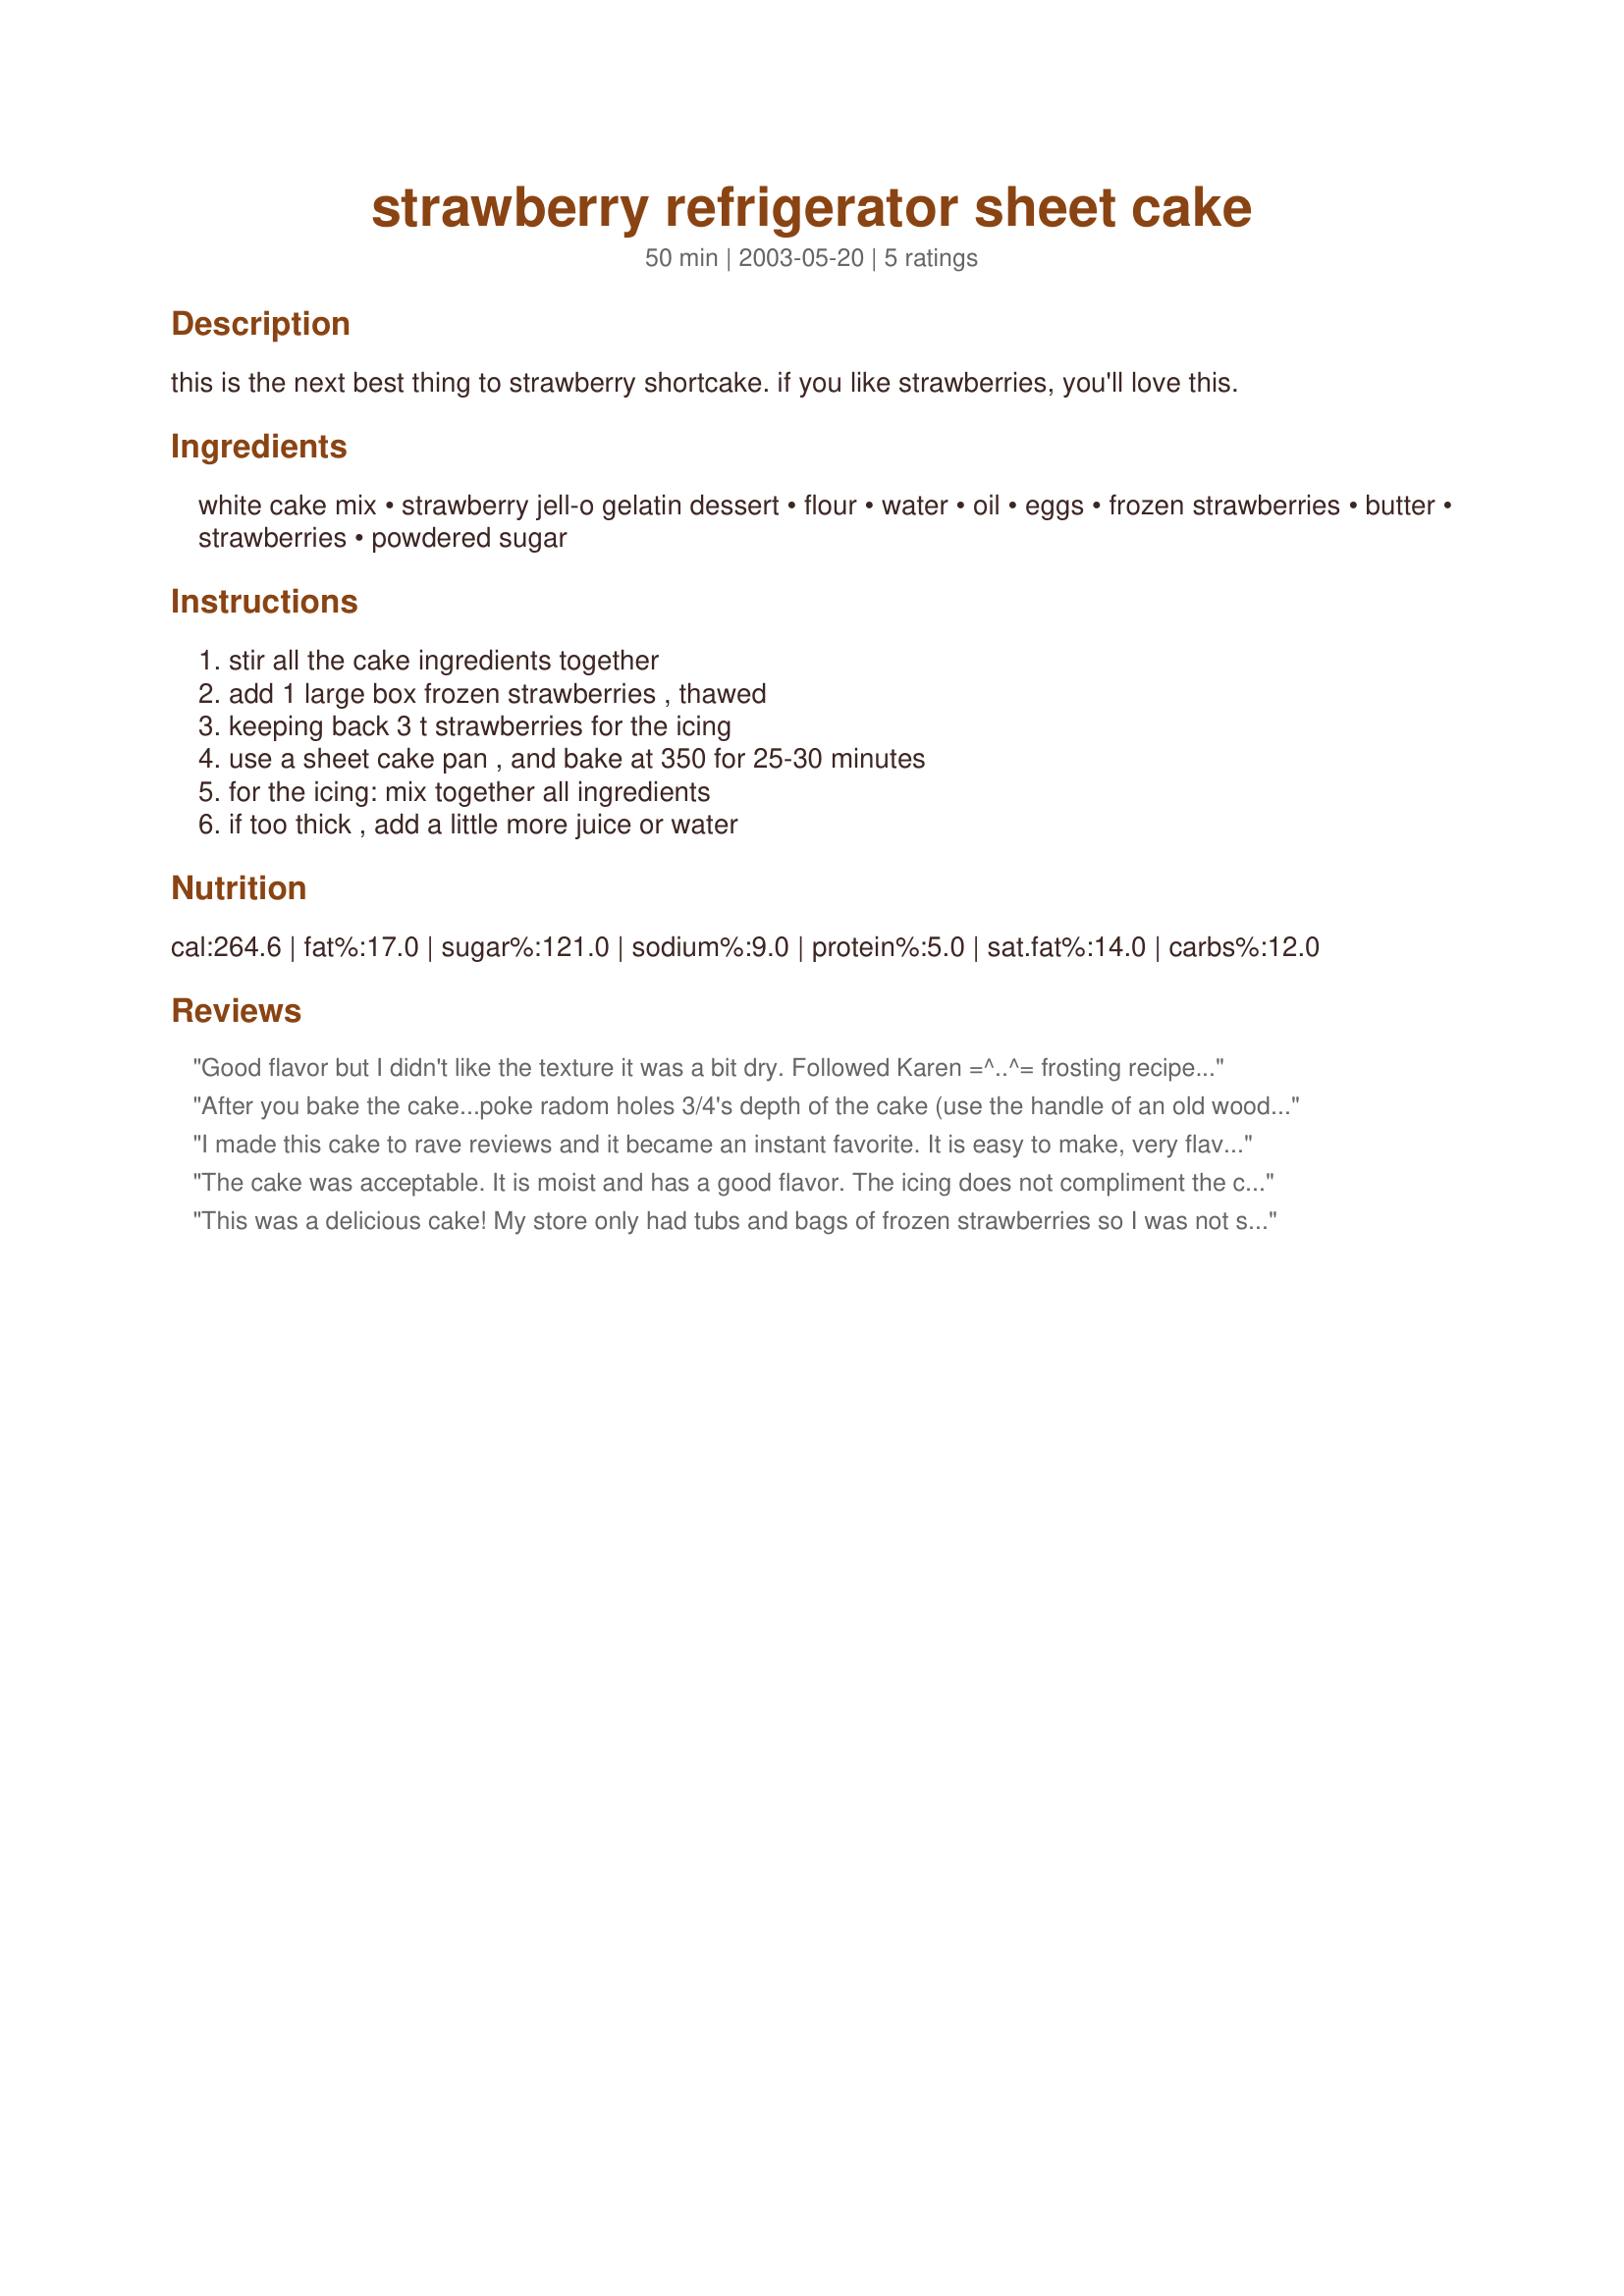
strawberry refrigerator sheet cake
Preparation time: 50 minutes

this is the next best thing to strawberry shortcake. if you like strawberries, you'll love this.

Ingredients:
white cake mix, strawberry jell-o gelatin dessert, flour, water, oil, eggs, frozen strawberries, butter, strawberries, powdered sugar

Steps:
stir all the cake ingredients together, add 1 large box frozen strawberries , thawed, keeping back 3 t strawberries for the icing, use a sheet cake pan , and bake at 350 for 25-30 minutes, for the icing: mix together all ingredients, if too thick , add a little more juice or water

Reviews:
Good flavor but I didn't like the texture it was a bit dry. Followed Karen =^..^= frosting recipe;it was also good but needs to be doubled.
After you bake the cake...poke radom holes 3/4's depth of the cake (use the handle of an old wooden spoon)...pour strawberry Jello mixed as you do for Jello Jigglers....You MUST do this while cake & Jello mixture are warm
I made this cake to rave reviews and it became an instant favorite. It is easy to make, very flavorful and pretty. For the calorie conscious, it is also very good with Cool Whip and sliced berries in juice instead of the icing.
The cake was acceptable. It is moist and has a good flavor. The icing does not compliment the cake. Maybe just fresh strawberries would be better.
This was a delicious cake! My store only had tubs and bags of frozen strawberries so I was not sure what to get since ounces aren't specified. I ended up buying a 32 oz. canister of sweetened frozen strawberries and used half of it in the cake batter. I wanted a lighter frosting, so I made one with 8 oz. of Cool Whip, a package of sugar free, fat free white chocolate instant pudding and about 1/2 cup of the thawed strawberries. This made a fabulous, cool topping. Thanks for this recipe. I will be making this cake often for summer.
